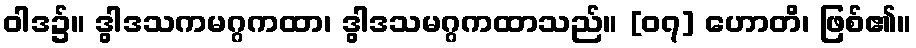
ဝါဒ၌။ ဒွါဒသကမဂ္ဂကထာ၊ ဒွါဒသမဂ္ဂကထာသည်။ [၀၇] ဟောတိ၊ ဖြစ်၏။